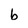
Character: b